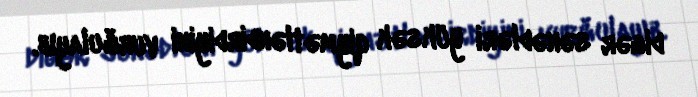
digər sənədləri yüksək qiymətləndirdiyini vurğulayıb.